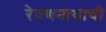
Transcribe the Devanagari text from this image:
रेवणनाथाची